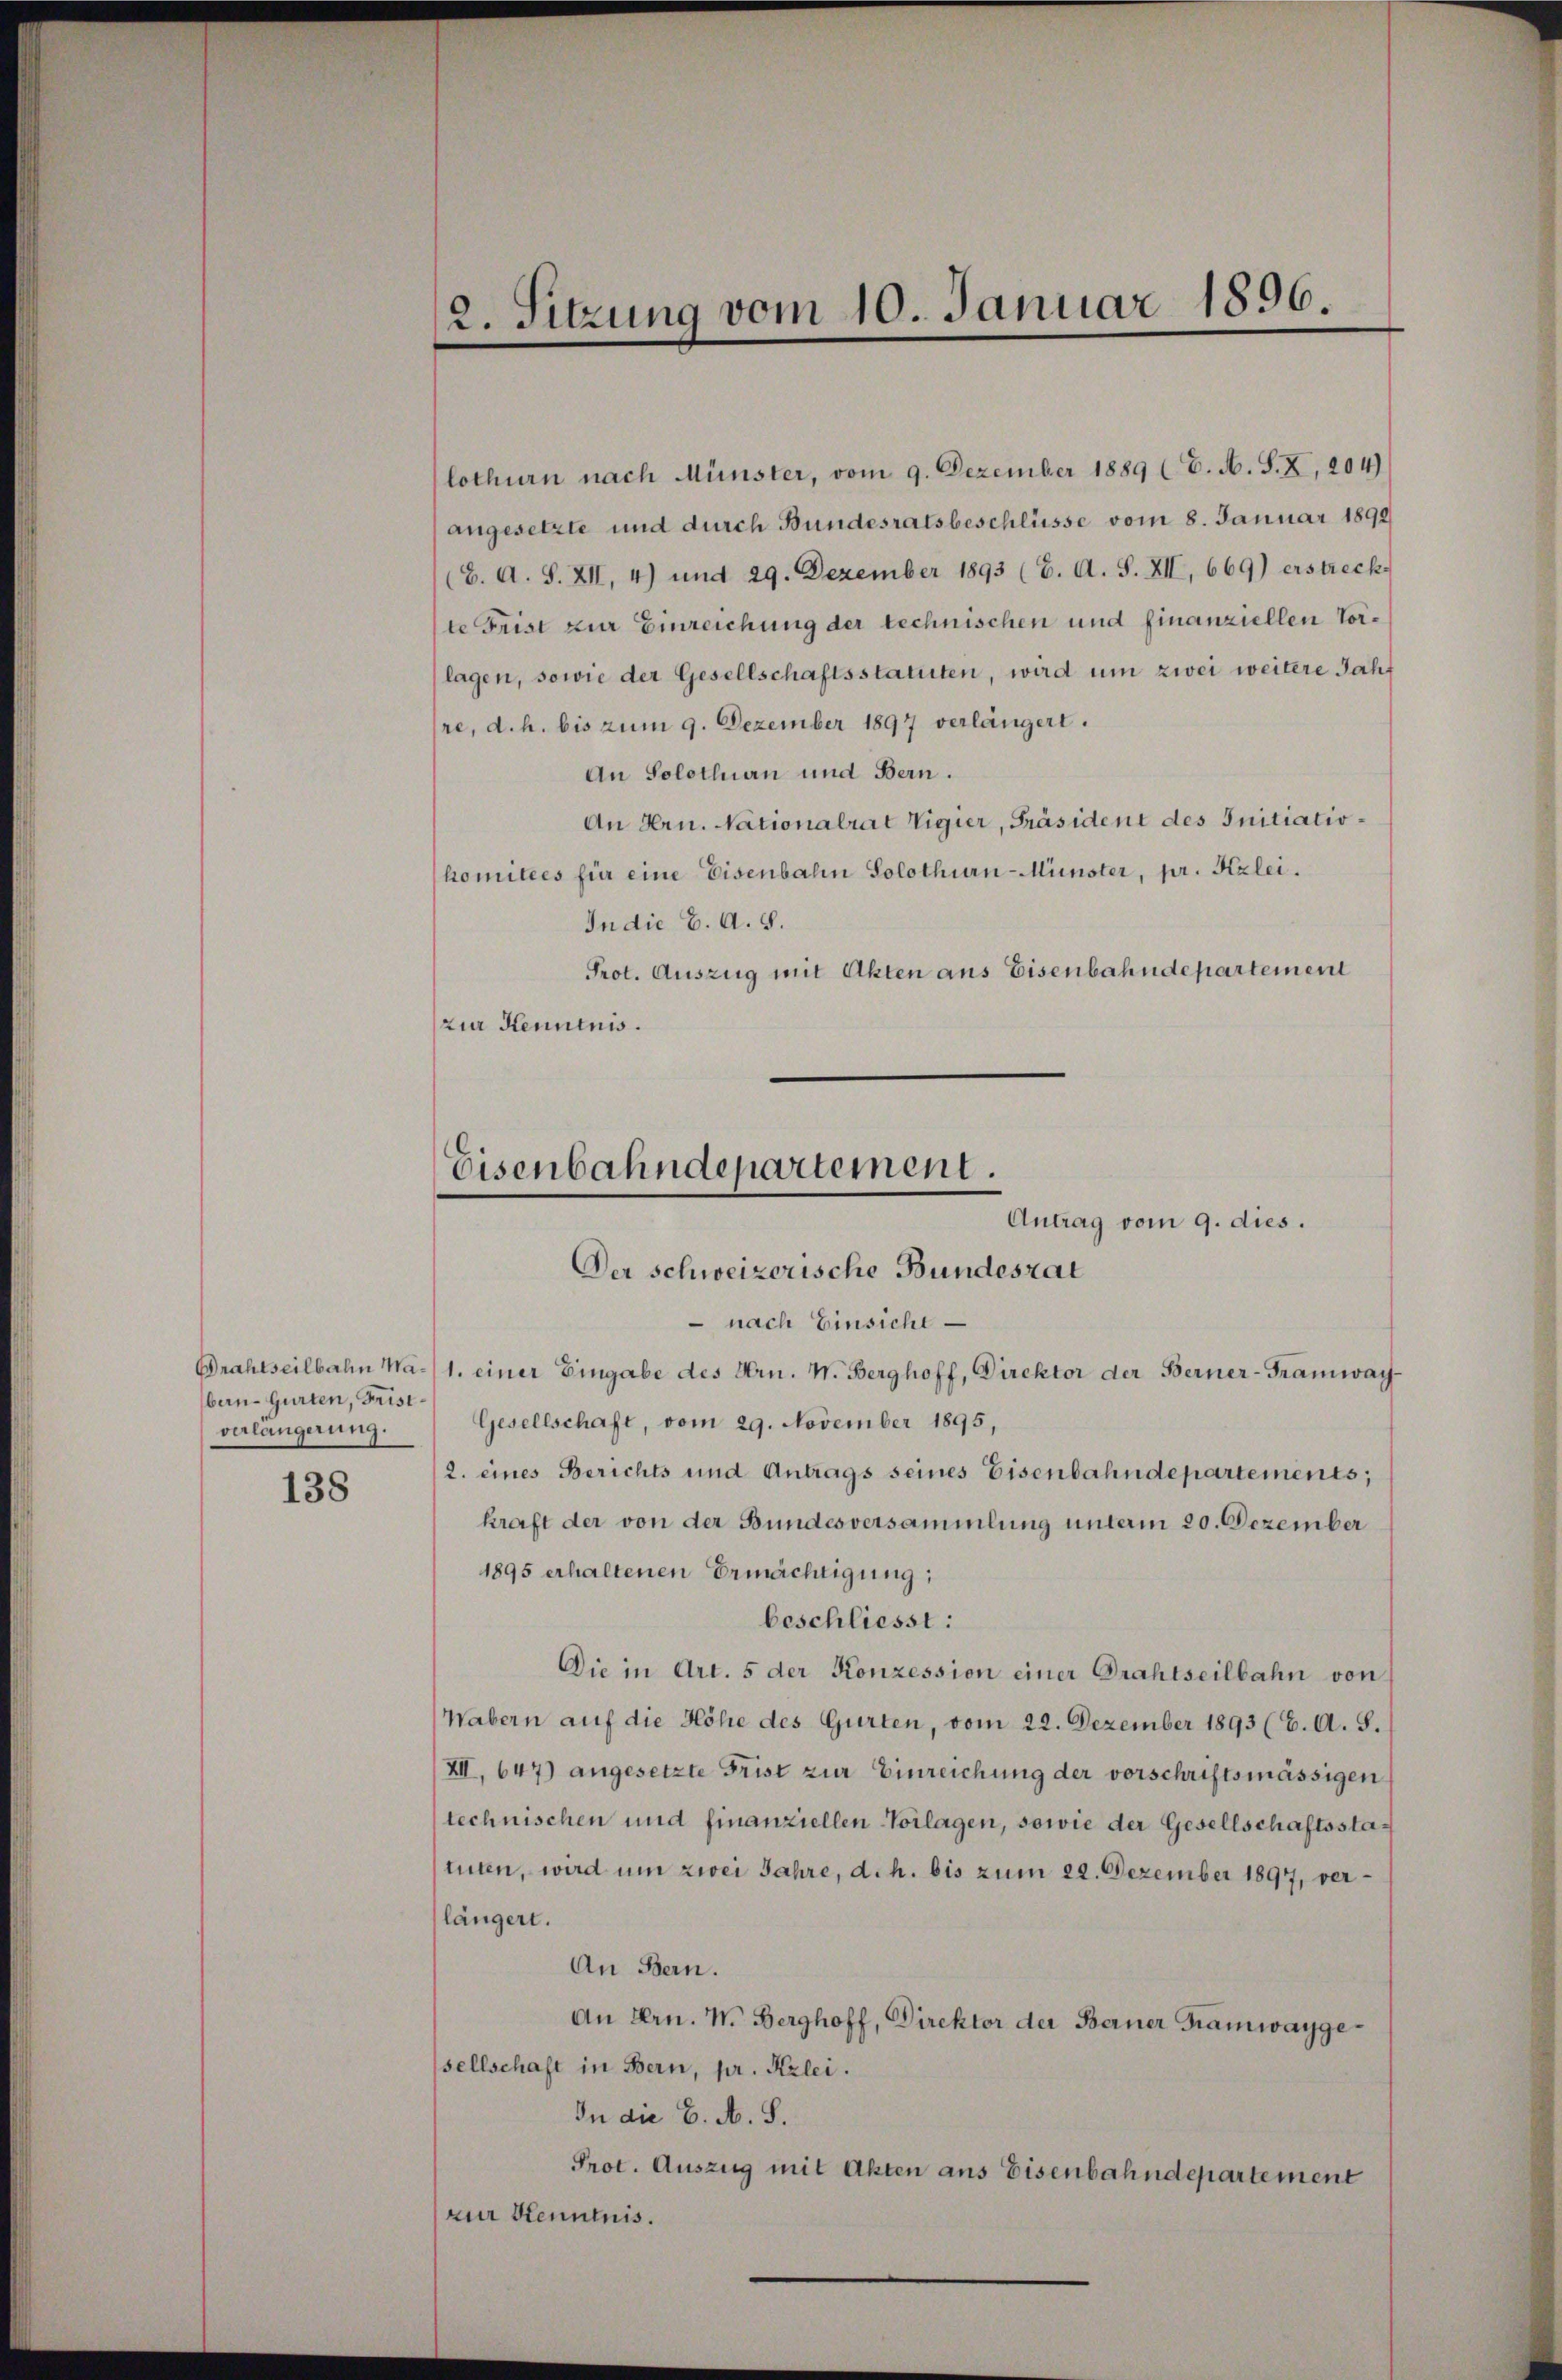
Drahtseilbahn Waben-Gurten, Frist
verlängerung.

138

2. Sitzung vom 10. Januar 1896.

lothurn nach Münster, vom 9. Dezember 1889 (C. A. S. X, 204)
angesetzte und durch Bundesratsbeschlüsse vom 8. Januar 1890
(C. A. S. XII, 4) und 29. Dezember 1893 (6. A. S. XII, 669) erstreck
te Frist zur Einreichung der technischen und finanziellen Vorlagen, sowie der Gesellschaftsstatuten, wird um zwei weitere Jahre, d.h. bis zum 9. Dezember 1897 verlängert.
An Solothurn und Bern.
An Hrn. Nationalrat Vigier, Präsident des Initiatiohomitees für eine Eisenbahn Solothurn-Münster, pr. Kzlei.
In die E. A. S.
Prot. Auszug mit Akten aus Eisenbahndepartement
zur Kenntnis.

Eisenbahndepartement.
Antrag vom 9. dies.
Der schweizerische Bundesrat

nach Einsicht
1. einer Eingabe des Hrn. W. Berghoff, Direktor der Berner-Framwach¬
Gesellschaft, vom 29. November 1895,
2. eines Berichts und Antrags seines Eisenbahndepartements;
kraft der von der Bundesversammlung unterm 20. Dezember
1895 erhaltenen Ermächtigung:
beschliesst:
Die in Art. 5 der Konzession einer Drahtseilbahn von
Wabern auf die Höhe des Gurten, vom 22. Dezember 1893 (C. A. S.
XII. 647) angesetzte Frist zur Einreichung der vorschriftsmässigen
technischen und finanziellen Vorlagen, sowie der Gesellschaftsstatuten, wird um zwei Jahre, d. h. bis zum 22. Dezember 1897, verlängert.
An Bern.
An Hrn. W. Berghoff, Direktor der Berner Tramwaygesellschaft in Bern, pr. Krlei.
In die E. A. S.
Prot. Auszug mit Akten aus Eisenbahndepartement
zur Kenntnis.